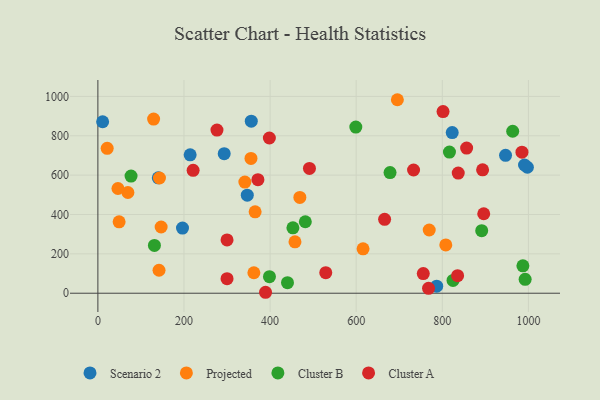
{"axis": {"x": "Distance", "y": "Sales"}, "legend": ["Cluster A", "Cluster B", "Projected", "Scenario 2"], "data": [{"x": "997.6", "y": 640.1, "type": "Scenario 2"}, {"x": "140.3", "y": 586.2, "type": "Scenario 2"}, {"x": "214.3", "y": 703.0, "type": "Scenario 2"}, {"x": "823.0", "y": 816.1, "type": "Scenario 2"}, {"x": "946.9", "y": 700.9, "type": "Scenario 2"}, {"x": "293.4", "y": 708.9, "type": "Scenario 2"}, {"x": "991.0", "y": 651.4, "type": "Scenario 2"}, {"x": "347.0", "y": 498.1, "type": "Scenario 2"}, {"x": "356.3", "y": 874.3, "type": "Scenario 2"}, {"x": "196.5", "y": 331.1, "type": "Scenario 2"}, {"x": "787.0", "y": 35.8, "type": "Scenario 2"}, {"x": "11.0", "y": 871.4, "type": "Scenario 2"}, {"x": "341.4", "y": 564.7, "type": "Projected"}, {"x": "69.7", "y": 511.7, "type": "Projected"}, {"x": "769.6", "y": 321.3, "type": "Projected"}, {"x": "469.1", "y": 486.9, "type": "Projected"}, {"x": "365.2", "y": 413.7, "type": "Projected"}, {"x": "146.9", "y": 336.5, "type": "Projected"}, {"x": "695.6", "y": 983.2, "type": "Projected"}, {"x": "129.4", "y": 884.8, "type": "Projected"}, {"x": "143.0", "y": 585.5, "type": "Projected"}, {"x": "355.6", "y": 684.9, "type": "Projected"}, {"x": "808.1", "y": 245.2, "type": "Projected"}, {"x": "142.0", "y": 116.7, "type": "Projected"}, {"x": "21.6", "y": 736.1, "type": "Projected"}, {"x": "457.8", "y": 261.3, "type": "Projected"}, {"x": "49.3", "y": 362.6, "type": "Projected"}, {"x": "362.3", "y": 104.0, "type": "Projected"}, {"x": "615.9", "y": 225.8, "type": "Projected"}, {"x": "46.6", "y": 532.2, "type": "Projected"}, {"x": "678.6", "y": 612.9, "type": "Cluster B"}, {"x": "963.5", "y": 822.9, "type": "Cluster B"}, {"x": "891.5", "y": 318.0, "type": "Cluster B"}, {"x": "453.0", "y": 332.3, "type": "Cluster B"}, {"x": "599.1", "y": 844.3, "type": "Cluster B"}, {"x": "992.4", "y": 70.5, "type": "Cluster B"}, {"x": "816.6", "y": 717.2, "type": "Cluster B"}, {"x": "481.8", "y": 363.2, "type": "Cluster B"}, {"x": "398.5", "y": 84.0, "type": "Cluster B"}, {"x": "131.3", "y": 242.8, "type": "Cluster B"}, {"x": "824.9", "y": 64.8, "type": "Cluster B"}, {"x": "77.0", "y": 595.3, "type": "Cluster B"}, {"x": "440.4", "y": 53.4, "type": "Cluster B"}, {"x": "987.2", "y": 139.3, "type": "Cluster B"}, {"x": "893.6", "y": 627.0, "type": "Cluster A"}, {"x": "300.0", "y": 73.7, "type": "Cluster A"}, {"x": "801.7", "y": 923.1, "type": "Cluster A"}, {"x": "276.6", "y": 829.0, "type": "Cluster A"}, {"x": "221.2", "y": 624.6, "type": "Cluster A"}, {"x": "389.4", "y": 4.8, "type": "Cluster A"}, {"x": "985.0", "y": 716.8, "type": "Cluster A"}, {"x": "768.0", "y": 24.8, "type": "Cluster A"}, {"x": "896.2", "y": 403.8, "type": "Cluster A"}, {"x": "733.2", "y": 626.0, "type": "Cluster A"}, {"x": "755.8", "y": 99.8, "type": "Cluster A"}, {"x": "835.5", "y": 89.1, "type": "Cluster A"}, {"x": "300.0", "y": 270.8, "type": "Cluster A"}, {"x": "371.7", "y": 577.0, "type": "Cluster A"}, {"x": "529.3", "y": 104.6, "type": "Cluster A"}, {"x": "666.0", "y": 375.3, "type": "Cluster A"}, {"x": "398.3", "y": 788.7, "type": "Cluster A"}, {"x": "491.4", "y": 634.2, "type": "Cluster A"}, {"x": "856.5", "y": 737.5, "type": "Cluster A"}, {"x": "837.0", "y": 610.3, "type": "Cluster A"}]}